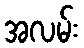
အလမ်း